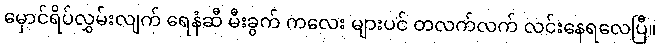
မှောင်ရိပ်လွှမ်းလျက် ရေနံဆီ မီးခွက် ကလေး များပင် တလက်လက် လင်းနေရလေပြီ။